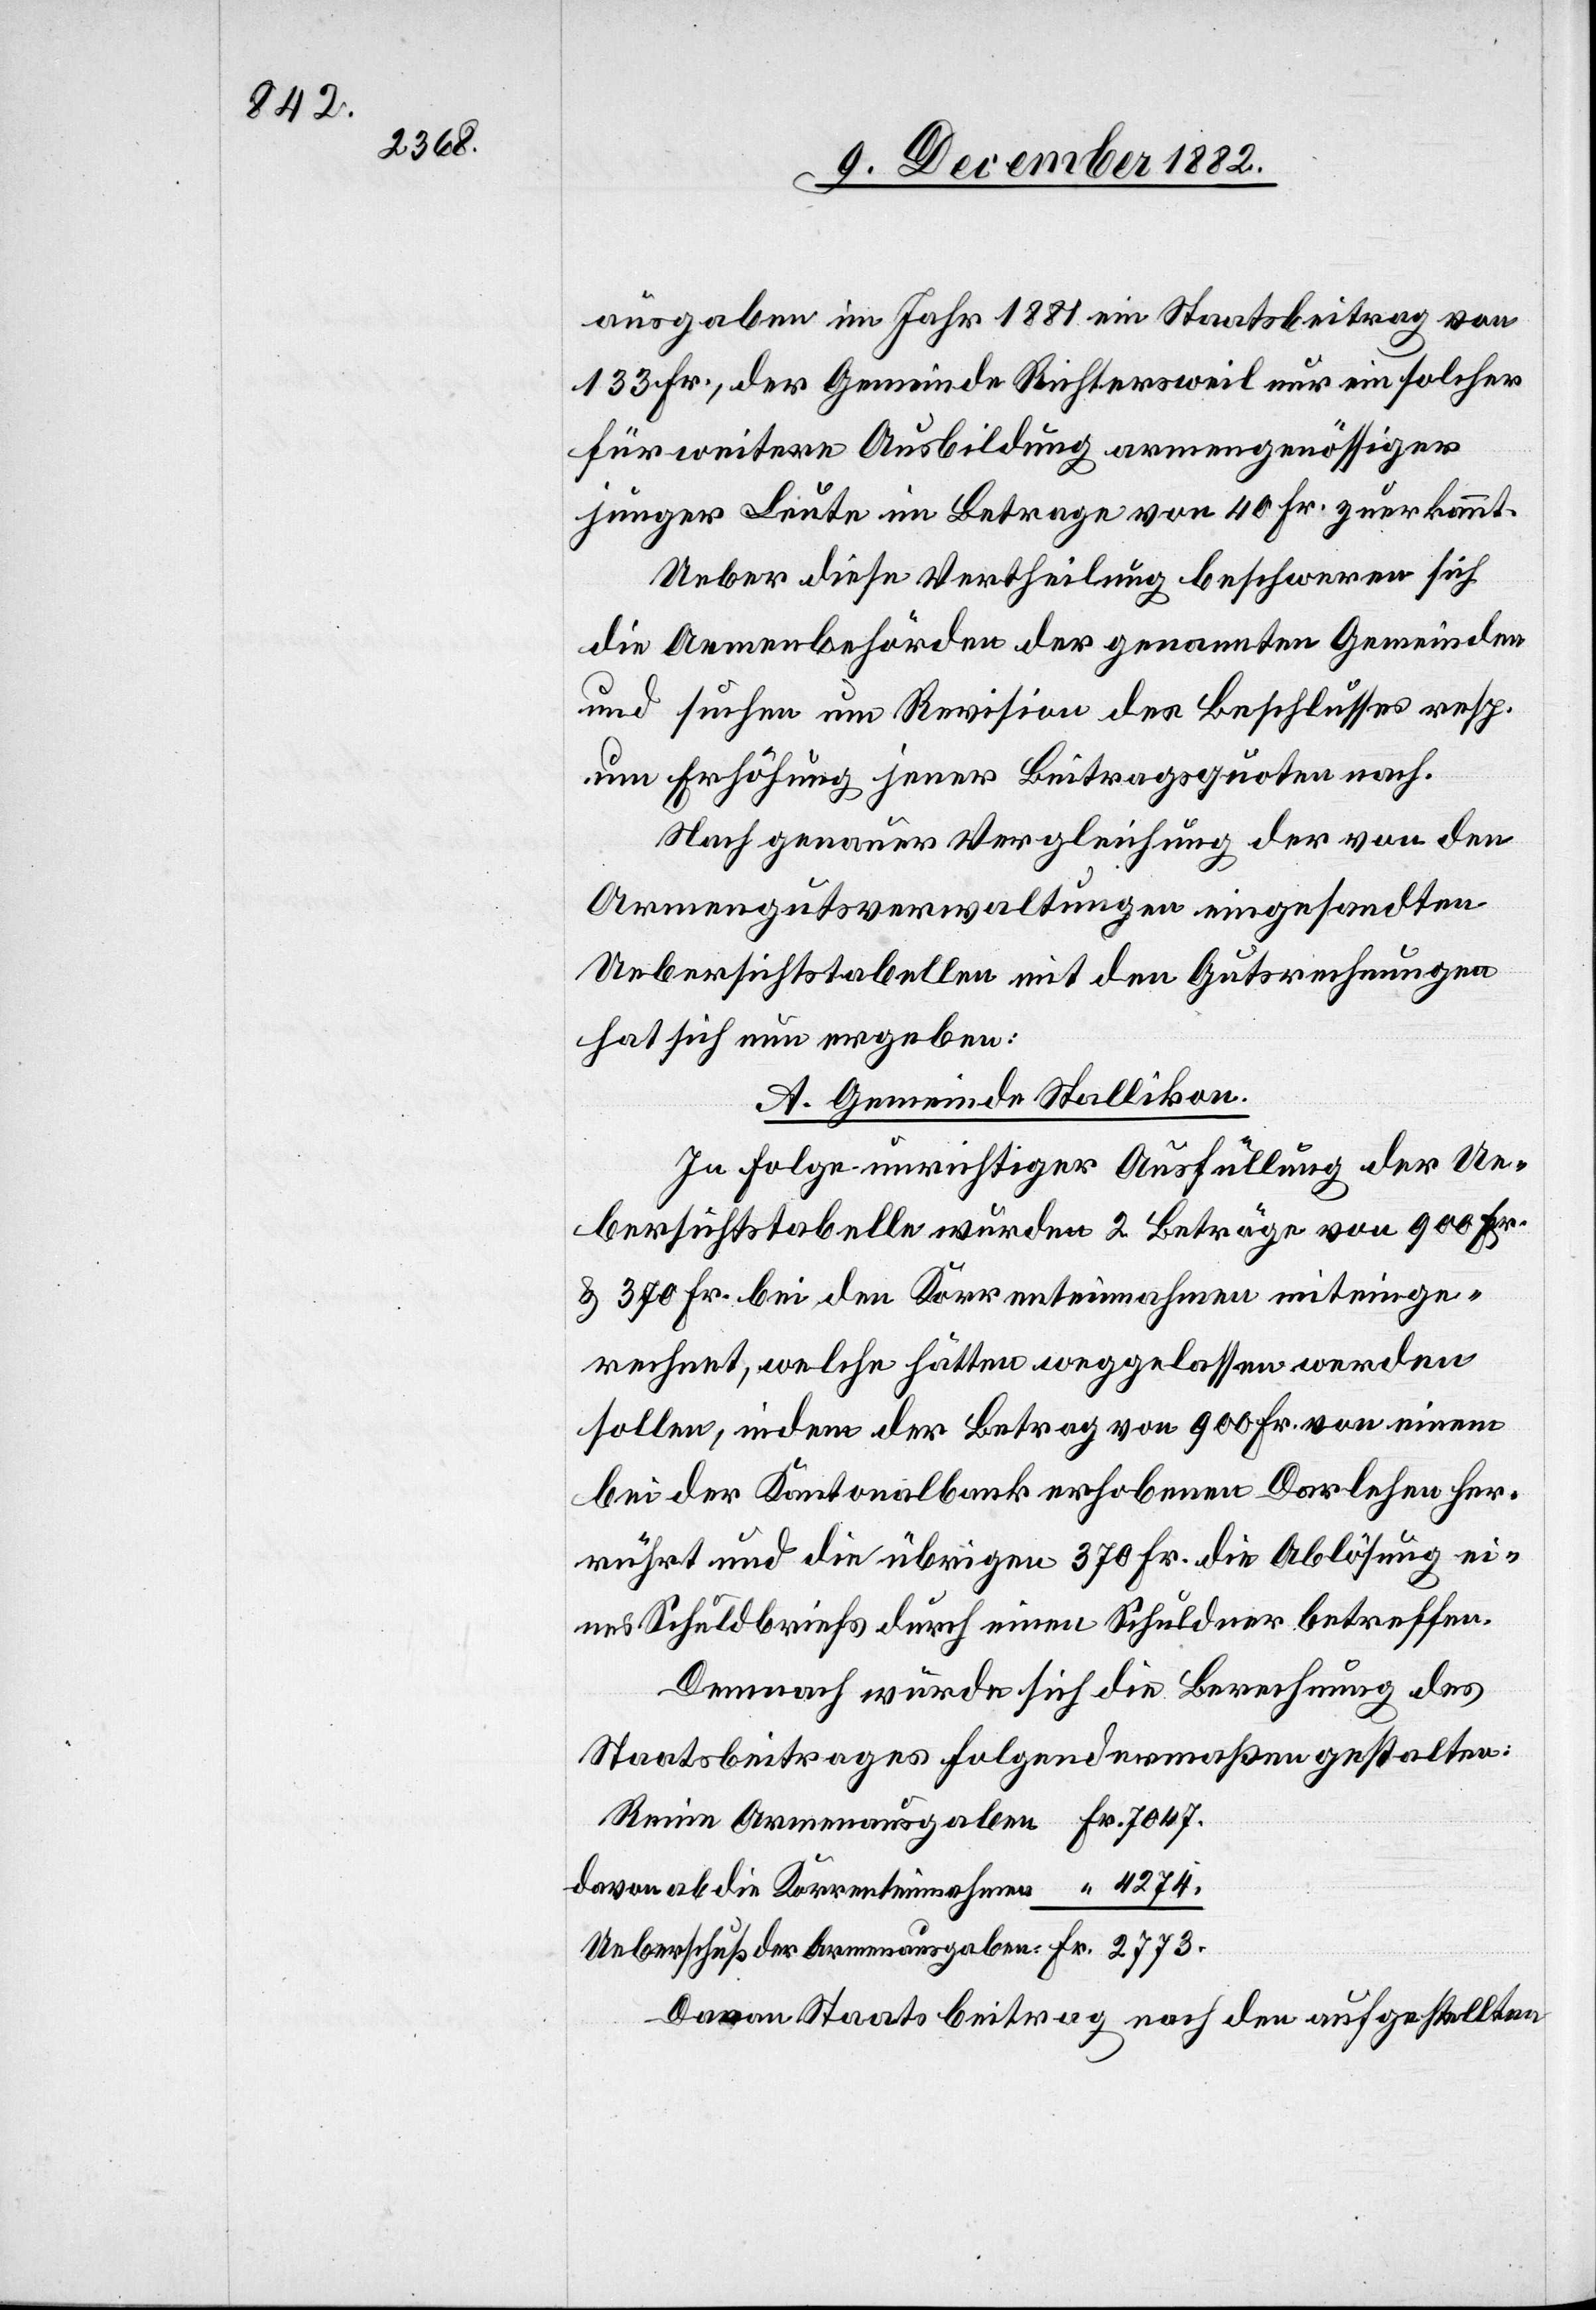
4274.

2773.

ausgaben im Jahr 1881 ein Staatsbeitrag von
133 Fr., der Gemeinde Richtersweil nur ein solcher
für weitere Ausbildung armengenössiger
junger Leute im Betrage von 40 Fr. zuerkannt.
Ueber diese Vertheilung beschweren sich
die Armenbehörden der genannten Gemeinden
und suchen um Revision des Beschlusses resp.
um Erhöhung jener Beitragsquoten nach.
Nach genauer Vergleichung der von den
Armengutsverwaltungen eingesandten
Uebersichtstabellen mit den Gutsrechnungen
hat sich nun ergeben:
A. Gemeinde Stallikon.
In Folge unrichtiger Ausfüllung der Ue¬
bersichtstabelle wurden 2 Beiträge von 900 Fr.
& 370 Fr. bei den Korrenteinnahmen mitge¬
rechnet, welche hätten weggelassen werden
sollen, indem der Betrag von 900 Fr. von einem
bei der Kantonalbank erhobenen Darlehen her¬
rührt und die übrigen 370 Fr. die Ablösung ei¬
nes Schuldbriefs durch einen Schuldner betreffen.
Demnach würde sich die Berechnung des
Staatsbeitrages folgendermaßen gestalten:
davon ab die Korrenteinnahmen
Davon Staatsbeitrag nach den ausgestellten